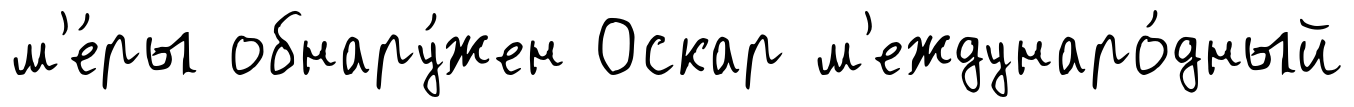
м'е́ры обнару́жен Оскар м'еждунаро́дный